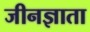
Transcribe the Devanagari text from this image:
जीनज्ञाता